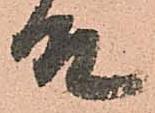
殿